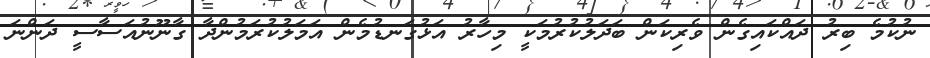
ނުކުމެ ބިރު ދައްކައިގެން ވެރިކަން ބަދަލުކުރުމަކީ މިހާރު އަޅުގަނޑުމެން އަމަލުކުރަމުންދާ ގާނޫނުއަސާސީ ދަންނަ